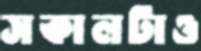
সকালটাও